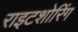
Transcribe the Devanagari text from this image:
राइटशोरिंग